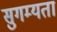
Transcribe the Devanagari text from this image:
सुगम्यता